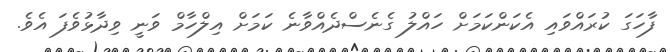
ފާހަގަ ކުރައްވައި އެކަންކަމަށް ހައްލު ގެނެސްދެއްވާނެ ކަމަށް އިލްހާމް ވަނީ ވިދާޅުވެފަ އެވެ.